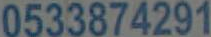
0533874291